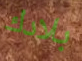
بلادك